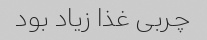
چربی غذا زیاد بود